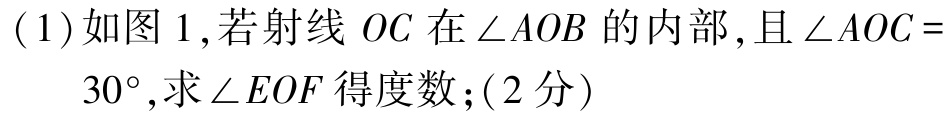
(1)如图1,若射线 \(OC\) 在\(\angle AOB\)的内部,且\(\angle AOC = 30^{\circ}\),求\(\angle EOF\)得度数;(2分)